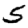
Digit: 5